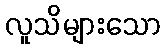
လူသိများသော